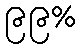
၉၉%